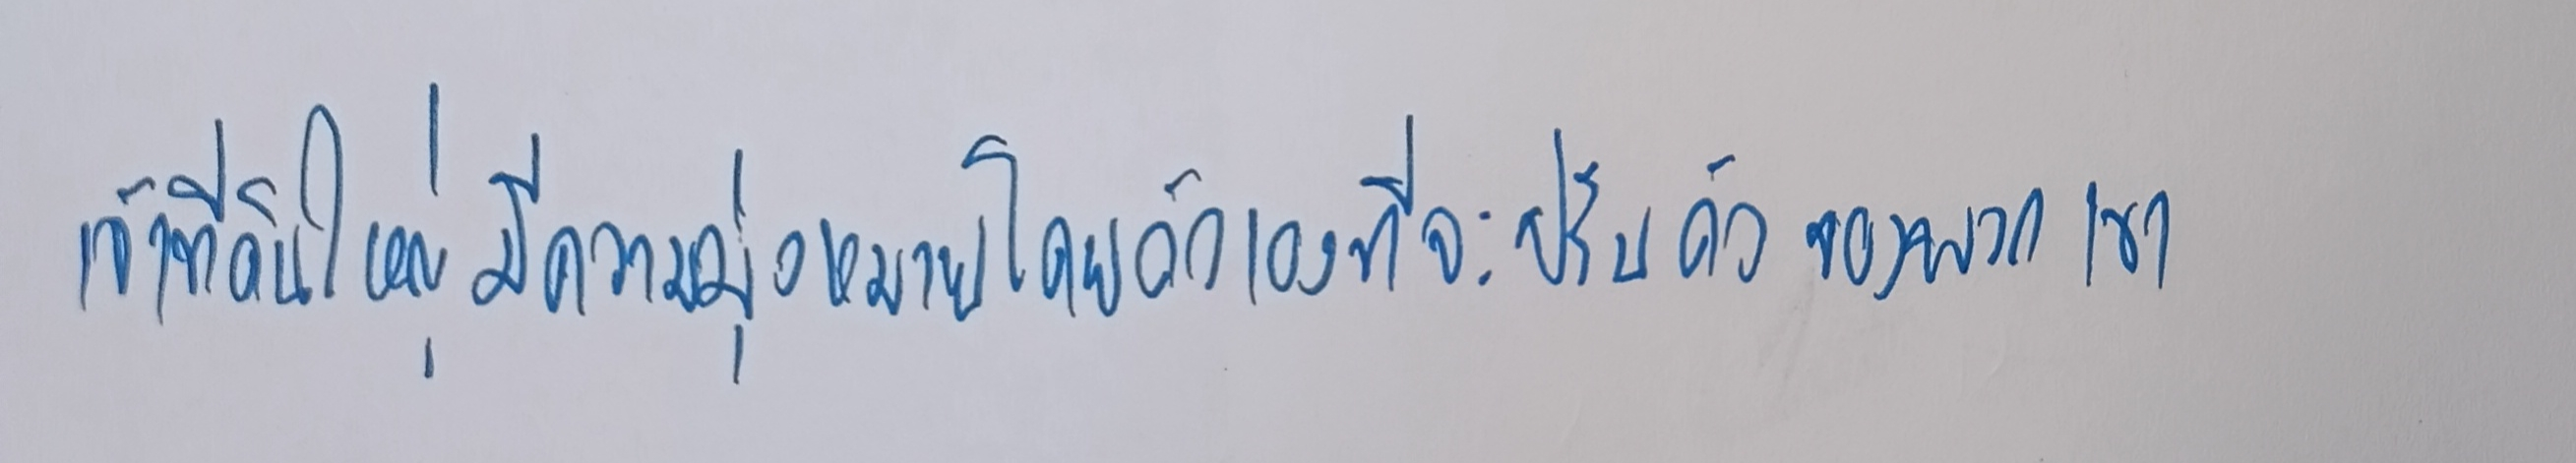
เจ้าที่ดินใหญ่มีความมุ่งหมายโดยตัวเองที่จะปรับตัวของพวกเขา